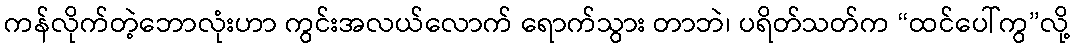
ကန်လိုက်တဲ့ဘောလုံးဟာ ကွင်းအလယ်လောက် ရောက်သွား တာဘဲ၊ ပရိတ်သတ်က “ထင်ပေါ်ကွ”လို့